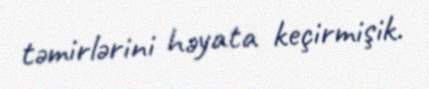
təmirlərini həyata keçirmişik.